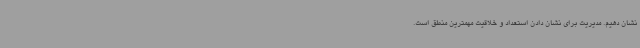
نشان دهیم. مدیریت برای نشان دادن استعداد و خلاقیت مهمترین منطق است.